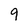
Character: 9